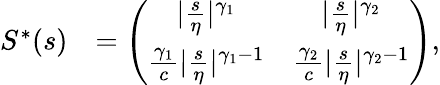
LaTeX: \begin{array}{rl}{S^{\ast}(s)}&{=\left(\begin{array}{cc}{\vert\frac s\eta\vert^{\gamma_{1}}}&{\vert\frac s\eta\vert^{\gamma_{2}}}\\ {\frac{\gamma_{1}}{c}\vert\frac s\eta\vert^{\gamma_{1}-1}}&{\frac{\gamma_{2}}{c}\vert\frac s\eta\vert^{\gamma_{2}-1}}\end{array}\right),}\end{array}